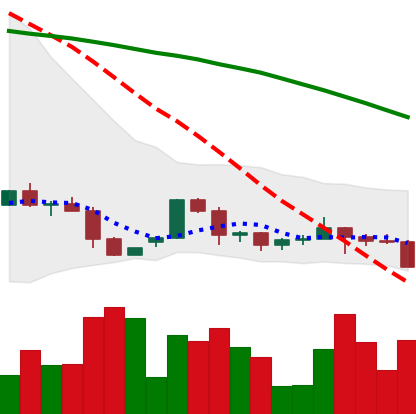
Ticker: ETH-USD
Chart end date: 2022-06-10
Forward return: -25.935%
Label: down_7plus